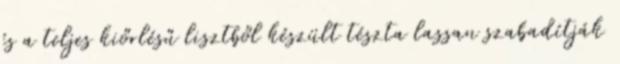
és a teljes kiőrlésű lisztből készült tészta lassan szabadítják